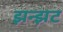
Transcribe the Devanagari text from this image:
झन्झट